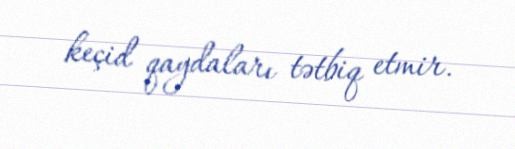
keçid qaydaları tətbiq etmir.